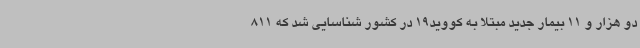
دو هزار و 11 بیمار جدید مبتلا به کووید19 در کشور شناسایی شد که 811